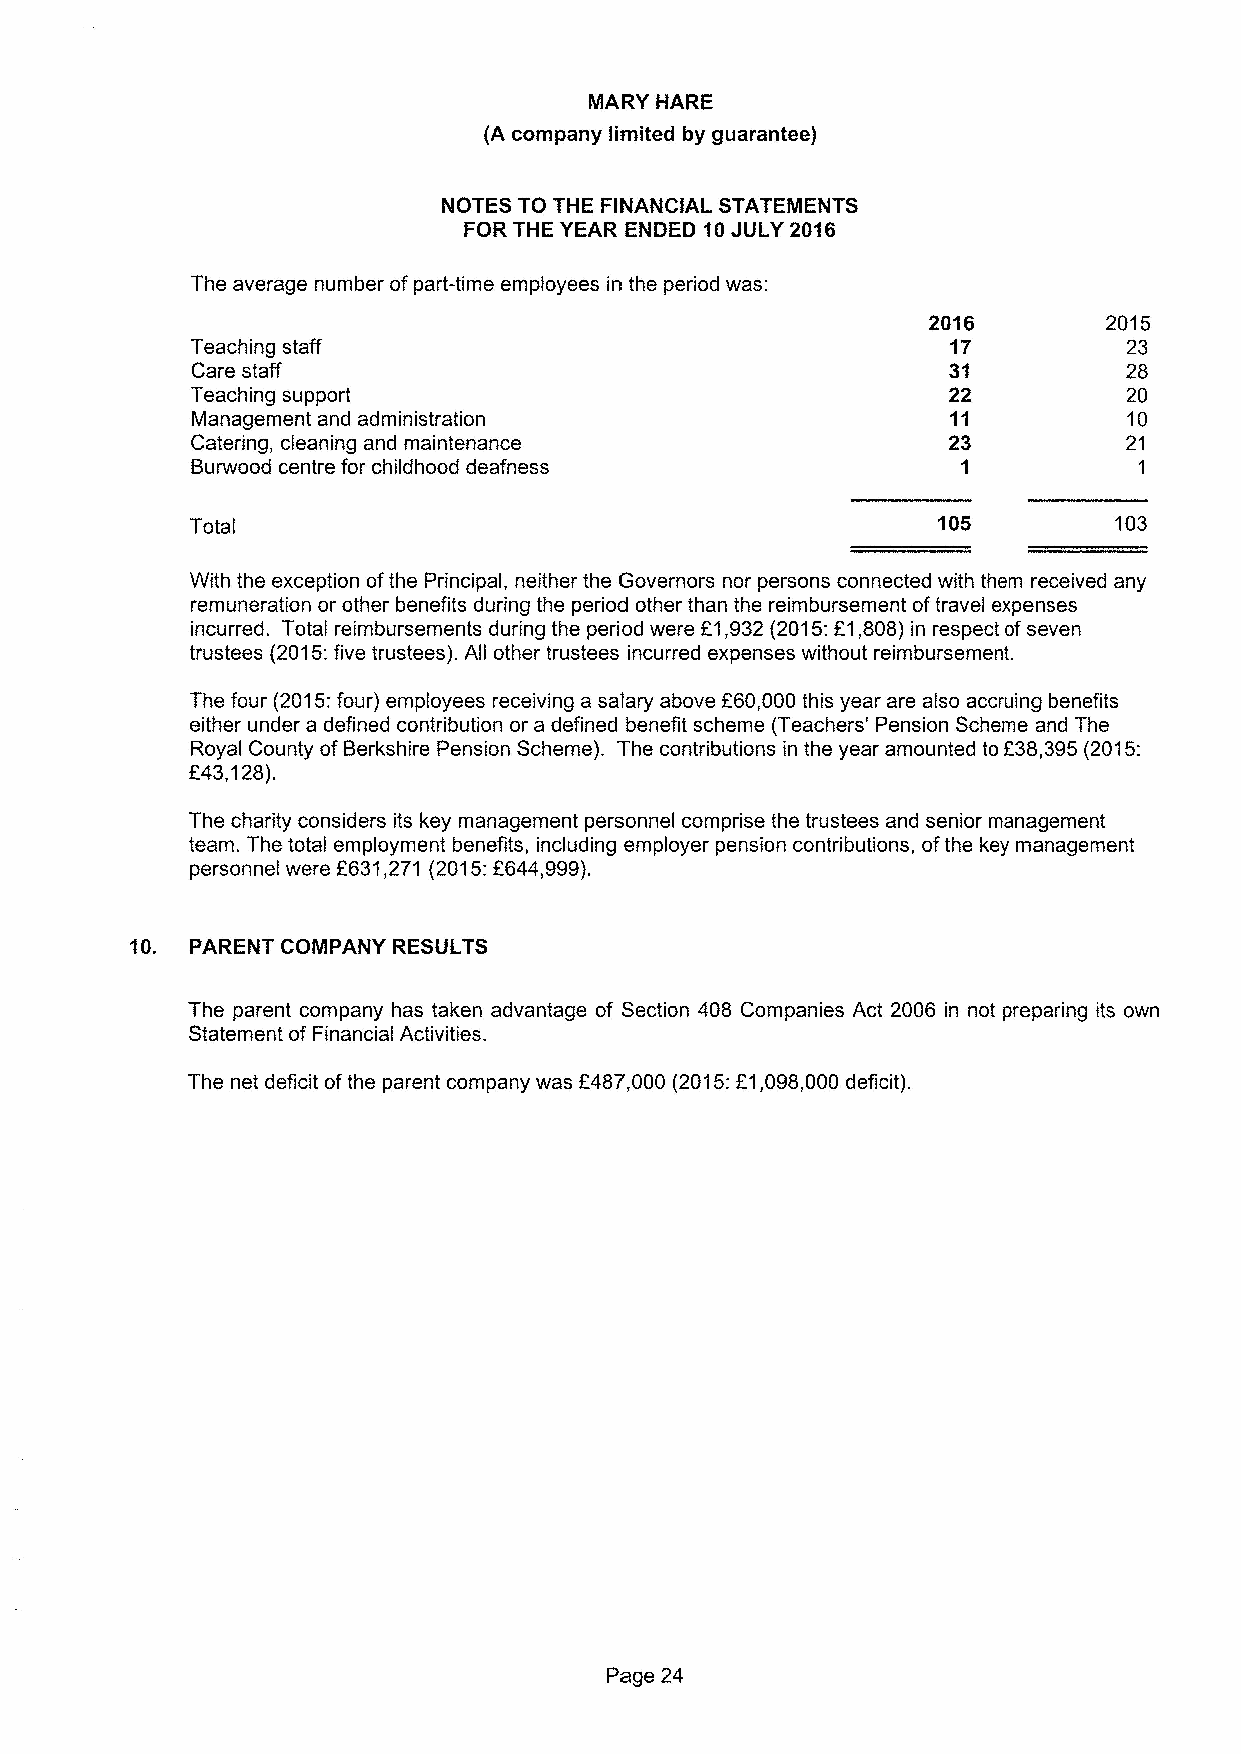
MARY HARE
 (A company limited by guarantee)
 NOTES TO THE FINANCIAL STATEMENTS
 FOR THE YEAR ENDED 10JULY 2016
 The average number ofpart-time employees in the period was:
 2016        2015
 Teaching staff                                    17          23
 Care staff                                        31          28
 Teaching support                                  22          20
 Management and administration                     11          10
 Catering, cleaning and maintenance                23          21
 Burwood centre for childhood deafness              1          1
 Total                                            105         103
 With the exception ofthe Principal, neither the Governors nor persons connected with them received any
 remuneration or other benefits during the period other than the reimbursement oftravel expenses
 incurred. Total reimbursements during the period were E1,932(2015:E1,808)in respect ofseven
 trustees (2015:five trustees). All other trustees incurred expenses without reimbursement.
 The four (2015:four) employees receiving a salary above 260,000this year are also accruing benefits
 either under a defined contribution or a defined benefit scheme (Teachers' Pension Scheme and The
 Royal County ofBerkshire Pension Scheme). The contributions in the year amounted tof38,395(2015:
 f43,128).
 The charity considers its key management personnel comprise the trustees and senior management
 team. The total employment benefits, including employer pension contributions, ofthe key management
 personnel were 6631,271 (2015:2644,999).
 10. PARENT COMPANY RESULTS
 The parent company has taken advantage of Section 408 Companies Act 2006 in not preparing its own
 Statement of Financial Activities.
 The net deficit ofthe parent company was f48?,000 (2015:E1,098,000 deficit).
 Page 24